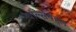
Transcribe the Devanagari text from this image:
चार्ल्सबद्दल